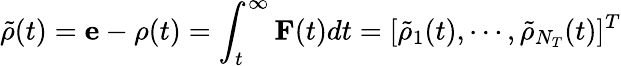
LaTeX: \tilde{\rho}(t)={\mathbf e}-{\mathbf\rho}(t)=\int_{t}^{\infty}{\mathbf F}(t)dt=[\tilde{\rho}_{1}(t),\cdots,\tilde{\rho}_{N_{T}}(t)]^{T}